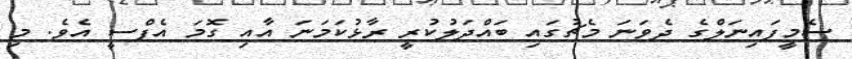
ސެމީފައިނަލްގެ ދެވަނަ މެޗުގައި ބައްދަލުކުރީ ރާޅުކަމަނަ އާއި ގޮމަ އެފްސީ އެވެ. މި